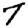
Digit: 7